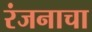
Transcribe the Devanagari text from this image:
रंजनाचा